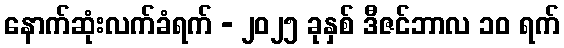
နောက်ဆုံးလက်ခံရက် - ၂၀၂၅ ခုနှစ် ဒီဇင်ဘာလ ၁၀ ရက်